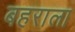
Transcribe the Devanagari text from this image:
बहराला